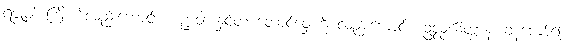
ရဇ္ဇုံဝါ၊ ကြိုးကိုလည်းကောင်း။ ဒဏ္ဍံဝါ၊ နှင်တံ တောင်ဝှေးကို လည်းကောင်း။ ဥလ္လင်္ဃိတွာန၊ ခုန်ကျော်၍။